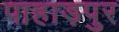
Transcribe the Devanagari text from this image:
पाहाड़पुर